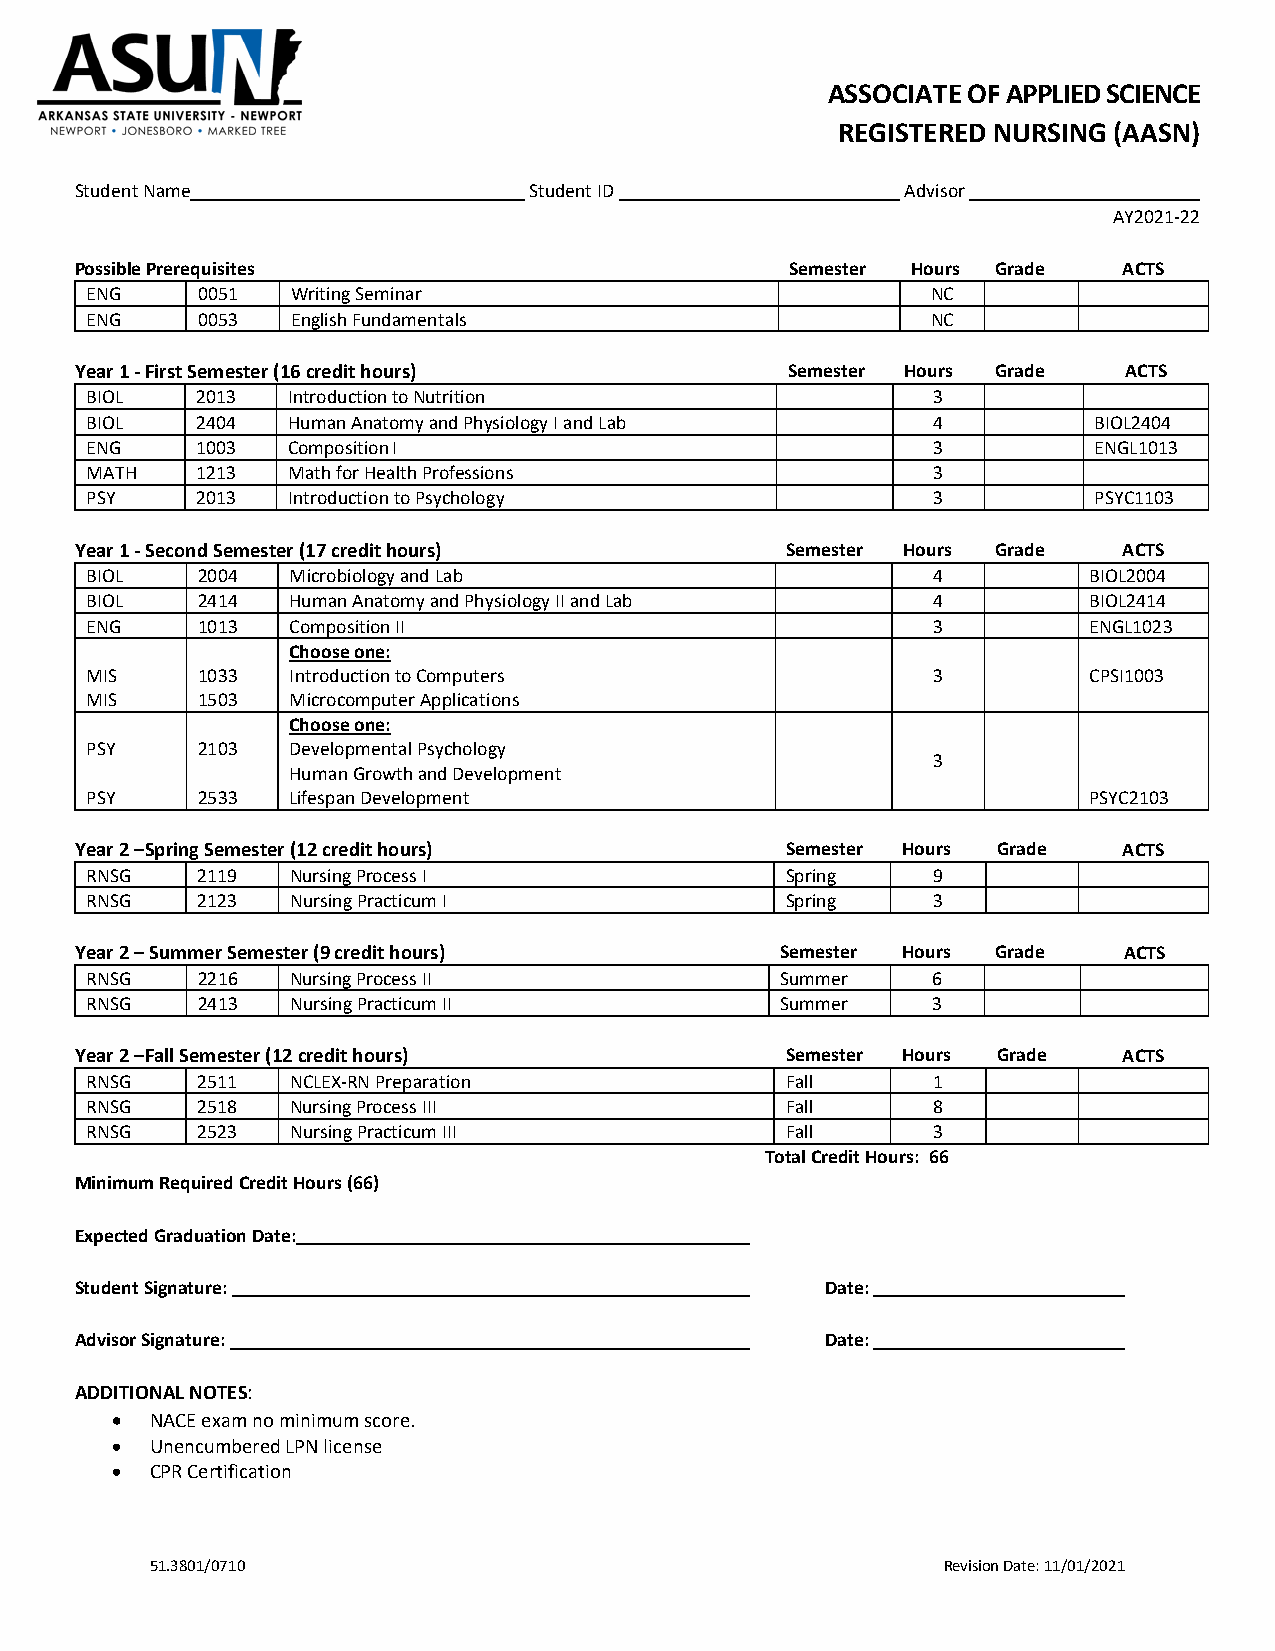
ASSOCIATE OF APPLIED SCIENCE
 REGISTERED NURSING (AASN)
 Student Name                  Student ID               Advisor
 AY2021-22
 Possible Prerequisites                         Semester Hours Grade  ACTS
 ENG    0051  Writing Seminar                            NC
 ENG    0053  English Fundamentals                       NC
 Year 1 - First Semester (16 credit hours)      Semester Hours Grade  ACTS
 BIOL   2013  Introduction to Nutrition                  3
 BIOL   2404  Human Anatomy and Physiology I and Lab     4         BIOL2404
 ENG    1003  Composition I                              3         ENGL1013
 MATH   1213  Math for Health Professions                3
 PSY    2013  Introduction to Psychology                 3         PSYC1103
 Year 1 - Second Semester (17 credit hours)     Semester Hours Grade  ACTS
 BIOL   2004  Microbiology and Lab                       4         BIOL2004
 BIOL   2414  Human Anatomy and Physiology II and Lab    4         BIOL2414
 ENG    1013  Composition II                             3         ENGL1023
 Choose one:
 MIS    1033  Introduction to Computers                  3         CPSI1003
 MIS    1503  Microcomputer Applications
 Choose one:
 PSY    2103  Developmental Psychology
 3
 Human Growth and Development
 PSY    2533  Lifespan Development                                 PSYC2103
 Year 2 –Spring Semester (12 credit hours)      Semester Hours Grade  ACTS
 RNSG   2119  Nursing Process I                Spring    9
 RNSG   2123  Nursing Practicum I              Spring    3
 Year 2 – Summer Semester (9 credit hours)      Semester Hours Grade  ACTS
 RNSG   2216  Nursing Process II               Summer    6
 RNSG   2413  Nursing Practicum II             Summer    3
 Year 2 –Fall Semester (12 credit hours)        Semester Hours Grade  ACTS
 RNSG   2511  NCLEX-RN Preparation             Fall      1
 RNSG   2518  Nursing Process III              Fall      8
 RNSG   2523  Nursing Practicum III            Fall      3
 Total Credit Hours: 66
 Minimum Required Credit Hours (66)
 Expected Graduation Date:
 Student Signature:                                Date:
 Advisor Signature:                                Date:
 ADDITIONAL NOTES:
 •  NACE exam no minimum score.
 •  Unencumbered LPN license
 •  CPR Certification
 51.3801/0710                                        Revision Date: 11/01/2021